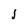
Character: l